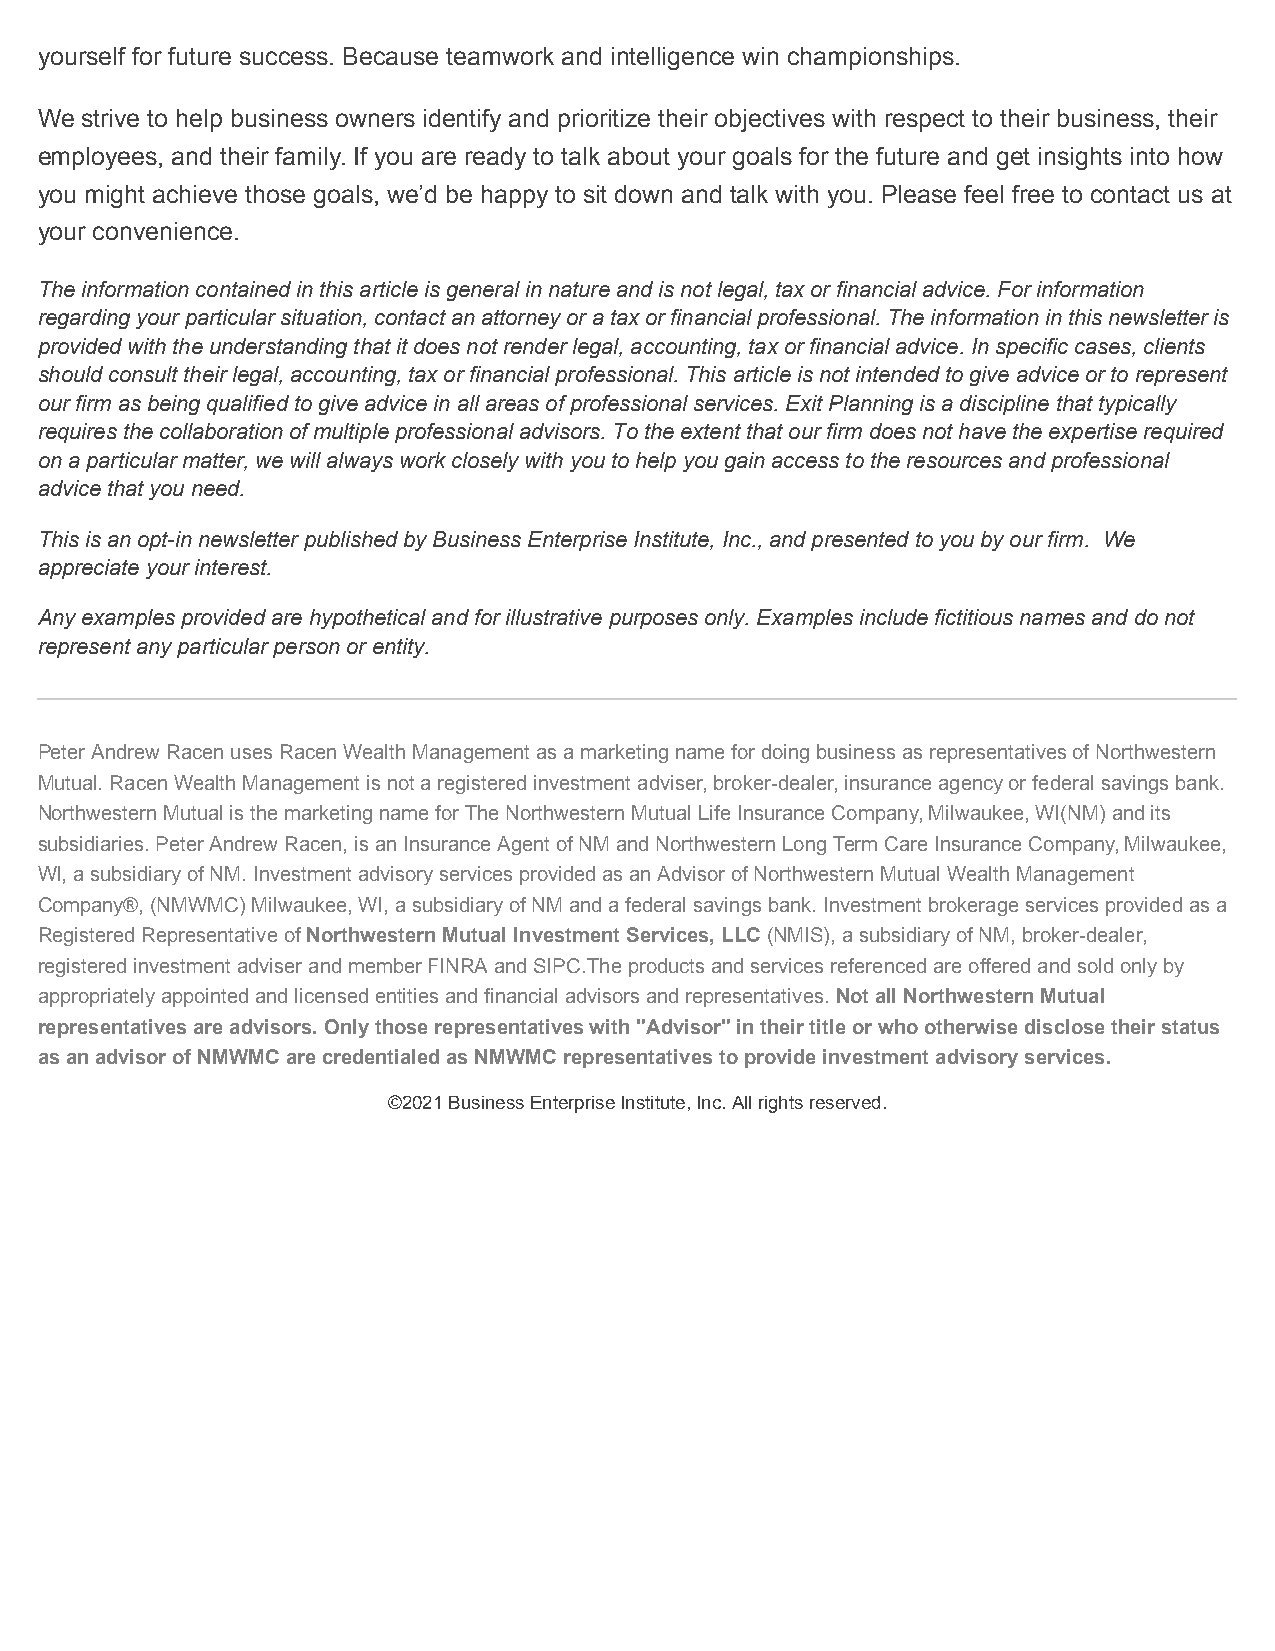
yourself for future success. Because teamwork and intelligence win championships.
 We strive to help business owners identify and prioritize their objectives with respect to their business, their
 employees, and their family. If you are ready to talk about your goals for the future and get insights into how
 you might achieve those goals, we’d be happy to sit down and talk with you. Please feel free to contact us at
 your convenience.
 The information contained in this article is general in nature and is not legal, tax or financial advice. For information
 regarding your particular situation, contact an attorney or a tax or financial professional. The information in this newsletter is
 provided with the understanding that it does not render legal, accounting, tax or financial advice. In specific cases, clients
 should consult their legal, accounting, tax or financial professional. This article is not intended to give advice or to represent
 our firm as being qualified to give advice in all areas of professional services. Exit Planning is a discipline that typically
 requires the collaboration of multiple professional advisors. To the extent that our firm does not have the expertise required
 on a particular matter, we will always work closely with you to help you gain access to the resources and professional
 advice that you need.
 This is an opt-in newsletter published by Business Enterprise Institute, Inc., and presented to you by our firm. We
 appreciate your interest.
 Any examples provided are hypothetical and for illustrative purposes only. Examples include fictitious names and do not
 represent any particular person or entity.
 Peter Andrew Racen uses Racen Wealth Management as a marketing name for doing business as representatives of Northwestern
 Mutual. Racen Wealth Management is not a registered investment adviser, broker-dealer, insurance agency or federal savings bank.
 Northwestern Mutual is the marketing name for The Northwestern Mutual Life Insurance Company, Milwaukee, WI(NM) and its
 subsidiaries. Peter Andrew Racen, is an Insurance Agent of NM and Northwestern Long Term Care Insurance Company, Milwaukee,
 WI, a subsidiary of NM. Investment advisory services provided as an Advisor of Northwestern Mutual Wealth Management
 Company®, (NMWMC) Milwaukee, WI, a subsidiary of NM and a federal savings bank. Investment brokerage services provided as a
 Registered Representative ofNorthwestern Mutual Investment Services, LLC(NMIS), a subsidiary of NM, broker-dealer,
 registered investment adviser and member FINRA and SIPC.The products and services referenced are offered and sold only by
 appropriately appointed and licensed entities and financial advisors and representatives.Not all Northwestern Mutual
 representatives are advisors. Only those representatives with "Advisor" in their title or who otherwise disclose their status
 as an advisor of NMWMC are credentialed as NMWMC representatives to provide investment advisory services.
 ©2021 Business Enterprise Institute, Inc. All rights reserved.